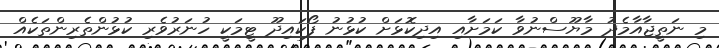
މި ނަތީޖާއާމެދު މާޔޫސްނުވާ ކަމަށާއި އިދިކޮޅަށް ކުޅުނު ފޯކައިދޫ ޓީމަކީ ހުނަރުވެރި ކުޅުންތެރިންތަކެއް